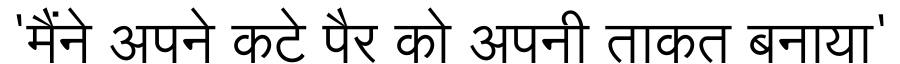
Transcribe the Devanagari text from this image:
'मैंने अपने कटे पैर को अपनी ताकत बनाया'